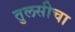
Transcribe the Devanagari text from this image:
तुलसीचा